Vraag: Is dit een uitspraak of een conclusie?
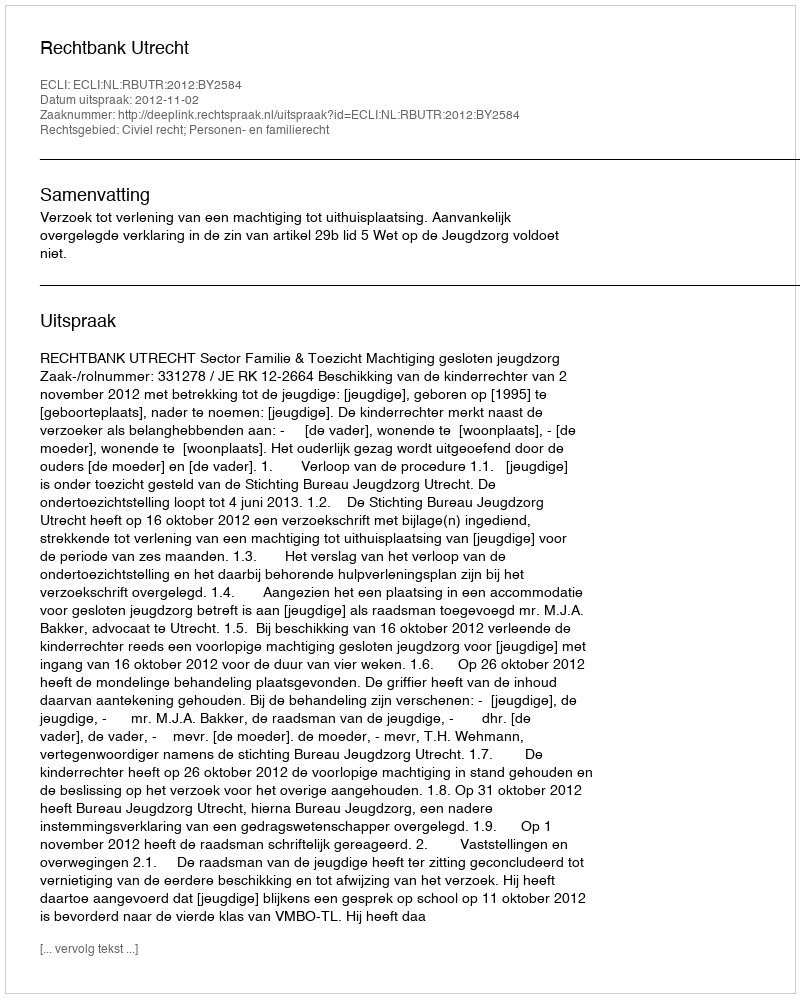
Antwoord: Uitspraak